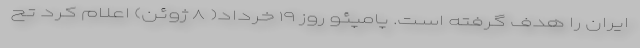
ایران را هدف گرفته است. پامپئو روز ۱۹ خرداد( ۸ ژوئن) اعلام کرد تح